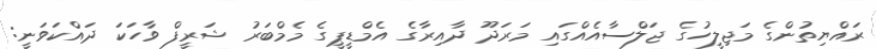
ރައްޔިތުންގެ މަޖިލީހުގެ ޖަލްސާއެއްގައި މަރަދޫ ދާއިރާގެ އެމްޑީޕީގެ މެމްބަރު ޝަރީފް ވާހަކަ ދައްކަވަނީ: